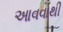
આવવાથી